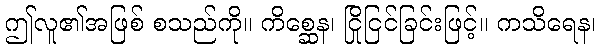
ဤလူ၏အဖြစ် စသည်ကို။ ကိစ္ဆေန၊ ငြိုငြင်ခြင်းဖြင့်။ ကသိရေန၊